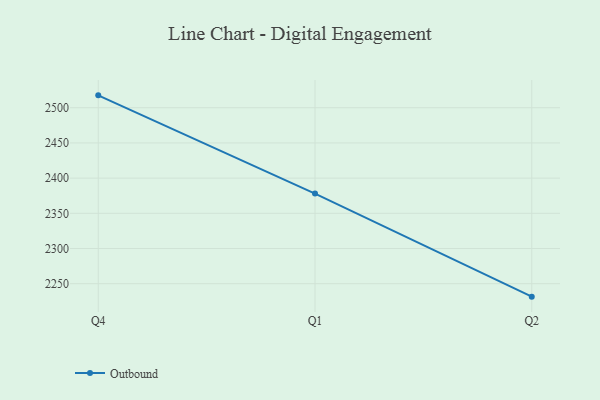
{"axis": {"x": "Quarter", "y": "Population (Million)"}, "legend": ["Outbound"], "data": [{"x": "Q4", "y": 2517.6, "type": "Outbound"}, {"x": "Q1", "y": 2378.0, "type": "Outbound"}, {"x": "Q2", "y": 2231.6, "type": "Outbound"}]}